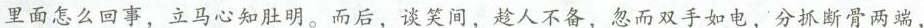
里面怎么回事，立马心知肚明。而后，谈笑间，趁人不备，\underline{忽而双手如屯，分抓断骨两端，}